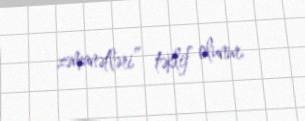
zəmanətləri” təklif olunur.